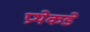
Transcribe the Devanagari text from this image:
प्रथेकडे